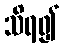
သိရ၍